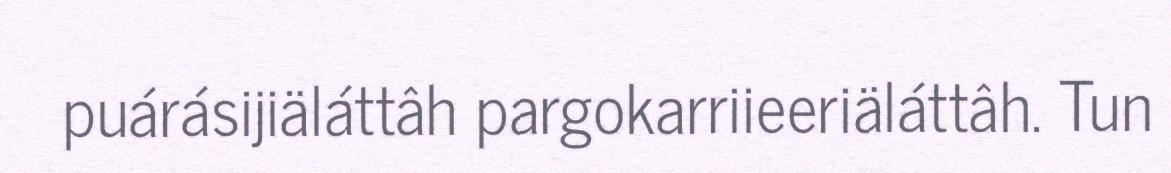
puárásijiäláttâh pargokarriieeriäláttâh. Tun